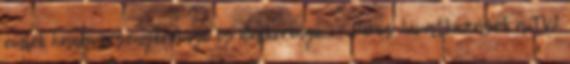
emlék hangversenykeringő és dalkeringő 39 Piros hivatkozások a TV2